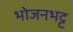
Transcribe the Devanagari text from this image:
भोजनभट्ट